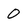
Character: 0